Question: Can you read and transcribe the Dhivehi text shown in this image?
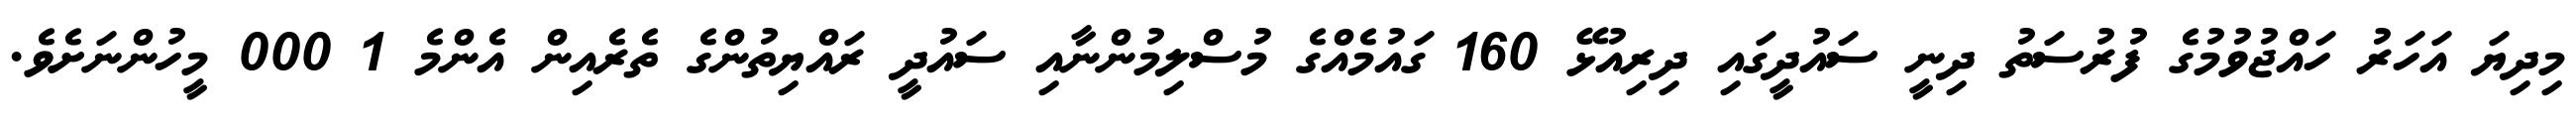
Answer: މިދިޔަ އަހަރު ހައްޖުވުމުގެ ފުރުސަތު ދިނީ ސައުދީގައި ދިރިއުޅޭ 160 ގައުމެއްގެ މުސްލިމުންނާއި ސައުދީ ރައްޔިތުންގެ ތެރެއިން އެންމެ 1 000 މީހުންނަށެވެ.